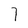
Character: 7